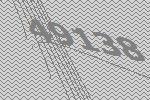
49138